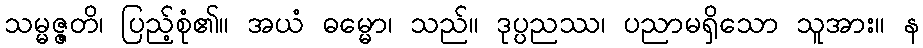
သမ္မဇ္ဇတိ၊ ပြည့်စုံ၏။ အယံ ဓမ္မော၊ သည်။ ဒုပ္ပညဿ၊ ပညာမရှိသော သူအား။ န